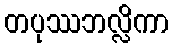
တပုဿဘလ္လိကာ